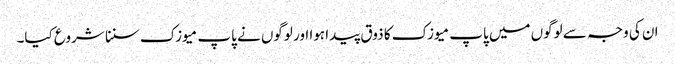
ان کی وجہ سے لوگوں میں پاپ میوزک کا ذوق پیدا ہوا اور لوگوں نے پاپ میوزک سننا شروع کیا۔